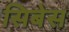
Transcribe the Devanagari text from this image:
सिबेस